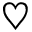
\heartsuit